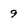
Character: 9